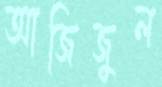
আজিজুল